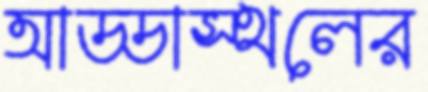
আড্ডাস্থলের